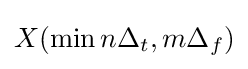
X(\min {n}\Delta _{t},m\Delta _{f})